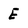
Character: E